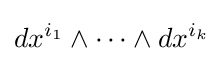
dx^{i_{1}}\wedge \dots \wedge dx^{i_{k}}